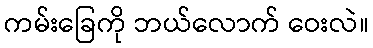
ကမ်းခြေကို ဘယ်လောက် ဝေးလဲ။